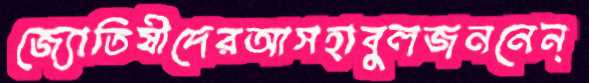
জ্যোতিষীদেরআসহাবুলজননেন্